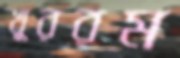
খুররম